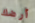
أرضك